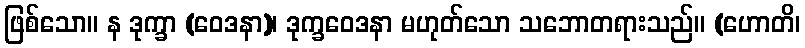
ဖြစ်သော။ န ဒုက္ခာ (ဝေဒနာ)၊ ဒုက္ခဝေဒနာ မဟုတ်သော သဘောတရားသည်။ (ဟောတိ၊